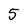
Character: 5